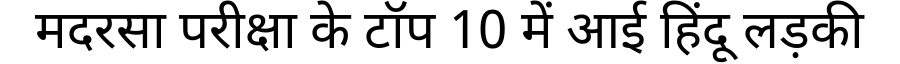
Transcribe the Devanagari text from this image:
मदरसा परीक्षा के टॉप 10 में आई हिंदू लड़की